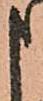
申